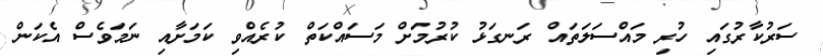
ސަރުކާރުގައި ހުރި މައްސަލަތައް ރަނގަޅު ކުރުމަށް މަސައްކަތް ކުރެއްވި ކަމަށާއި ނަމަވެސް އެކަން